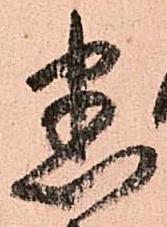
悉